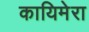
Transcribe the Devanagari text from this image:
कायिमेरा